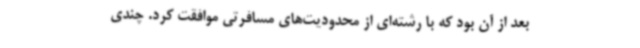
بعد از آن بود که با رشته‌ای از محدودیت‌های مسافرتی موافقت کرد. چندی